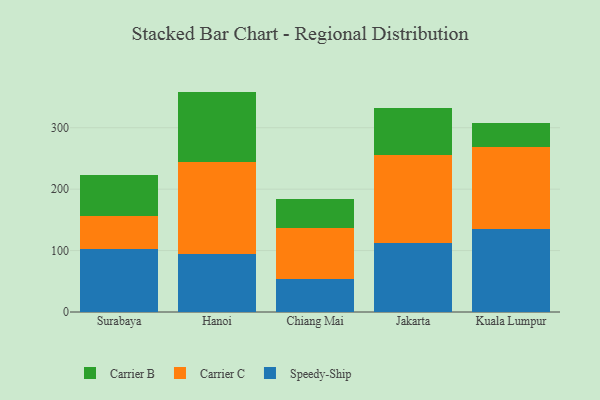
{"axis": {"x": "City", "y": "Gross Profit (USD K)"}, "legend": ["Carrier B", "Carrier C", "Speedy-Ship"], "data": [{"x": "Surabaya", "y": 101.9, "type": "Speedy-Ship"}, {"x": "Surabaya", "y": 53.8, "type": "Carrier C"}, {"x": "Surabaya", "y": 67.5, "type": "Carrier B"}, {"x": "Hanoi", "y": 93.7, "type": "Speedy-Ship"}, {"x": "Hanoi", "y": 150.6, "type": "Carrier C"}, {"x": "Hanoi", "y": 114.5, "type": "Carrier B"}, {"x": "Chiang Mai", "y": 53.8, "type": "Speedy-Ship"}, {"x": "Chiang Mai", "y": 82.6, "type": "Carrier C"}, {"x": "Chiang Mai", "y": 47.9, "type": "Carrier B"}, {"x": "Jakarta", "y": 112.8, "type": "Speedy-Ship"}, {"x": "Jakarta", "y": 142.2, "type": "Carrier C"}, {"x": "Jakarta", "y": 77.1, "type": "Carrier B"}, {"x": "Kuala Lumpur", "y": 134.7, "type": "Speedy-Ship"}, {"x": "Kuala Lumpur", "y": 134.4, "type": "Carrier C"}, {"x": "Kuala Lumpur", "y": 39.4, "type": "Carrier B"}]}